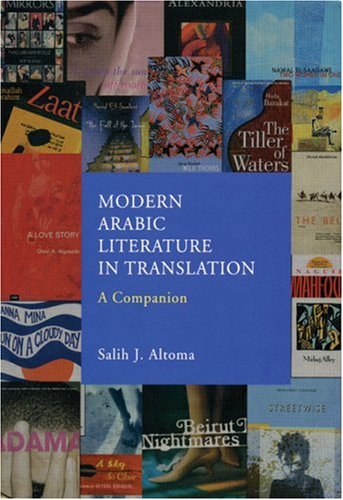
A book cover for Modern Arabic Literature In Translation: A Companion; Literature & Fiction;